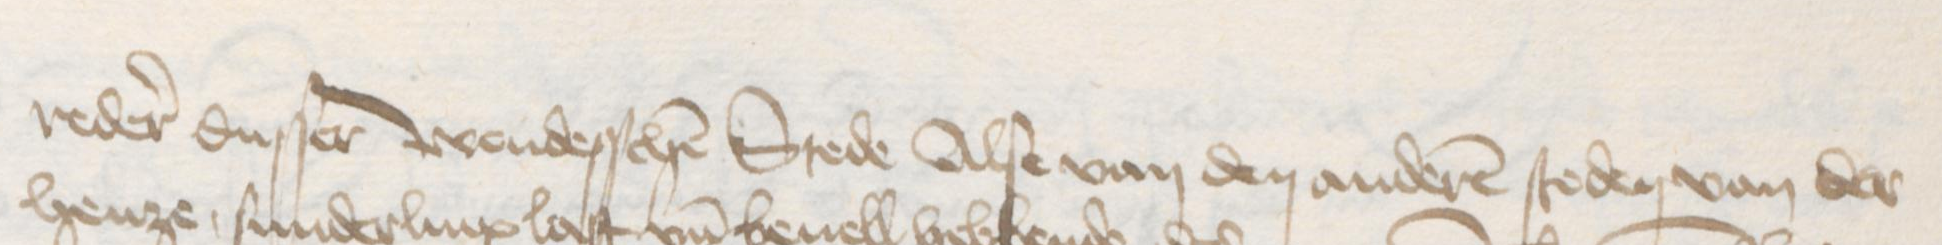
Transcription: reder dusser wendesschen Stede Alse van den anderen steden van der